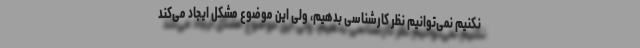
نکنیم نمی‌توانیم نظر کارشناسی بدهیم، ولی این موضوع مشکل ایجاد می‌کند